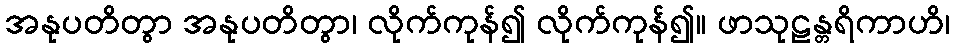
အနုပတိတွာ အနုပတိတွာ၊ လိုက်ကုန်၍ လိုက်ကုန်၍။ ဖာသုဠန္တရိကာဟိ၊